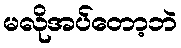
မလိုအပ်တော့ဘဲ